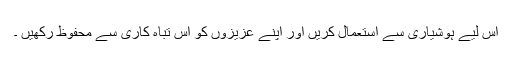
اس لیے ہوشیاری سے استعمال کریں اور اپنے عزیزوں کو اس تباہ کاری سے محفوظ رکھیں ۔